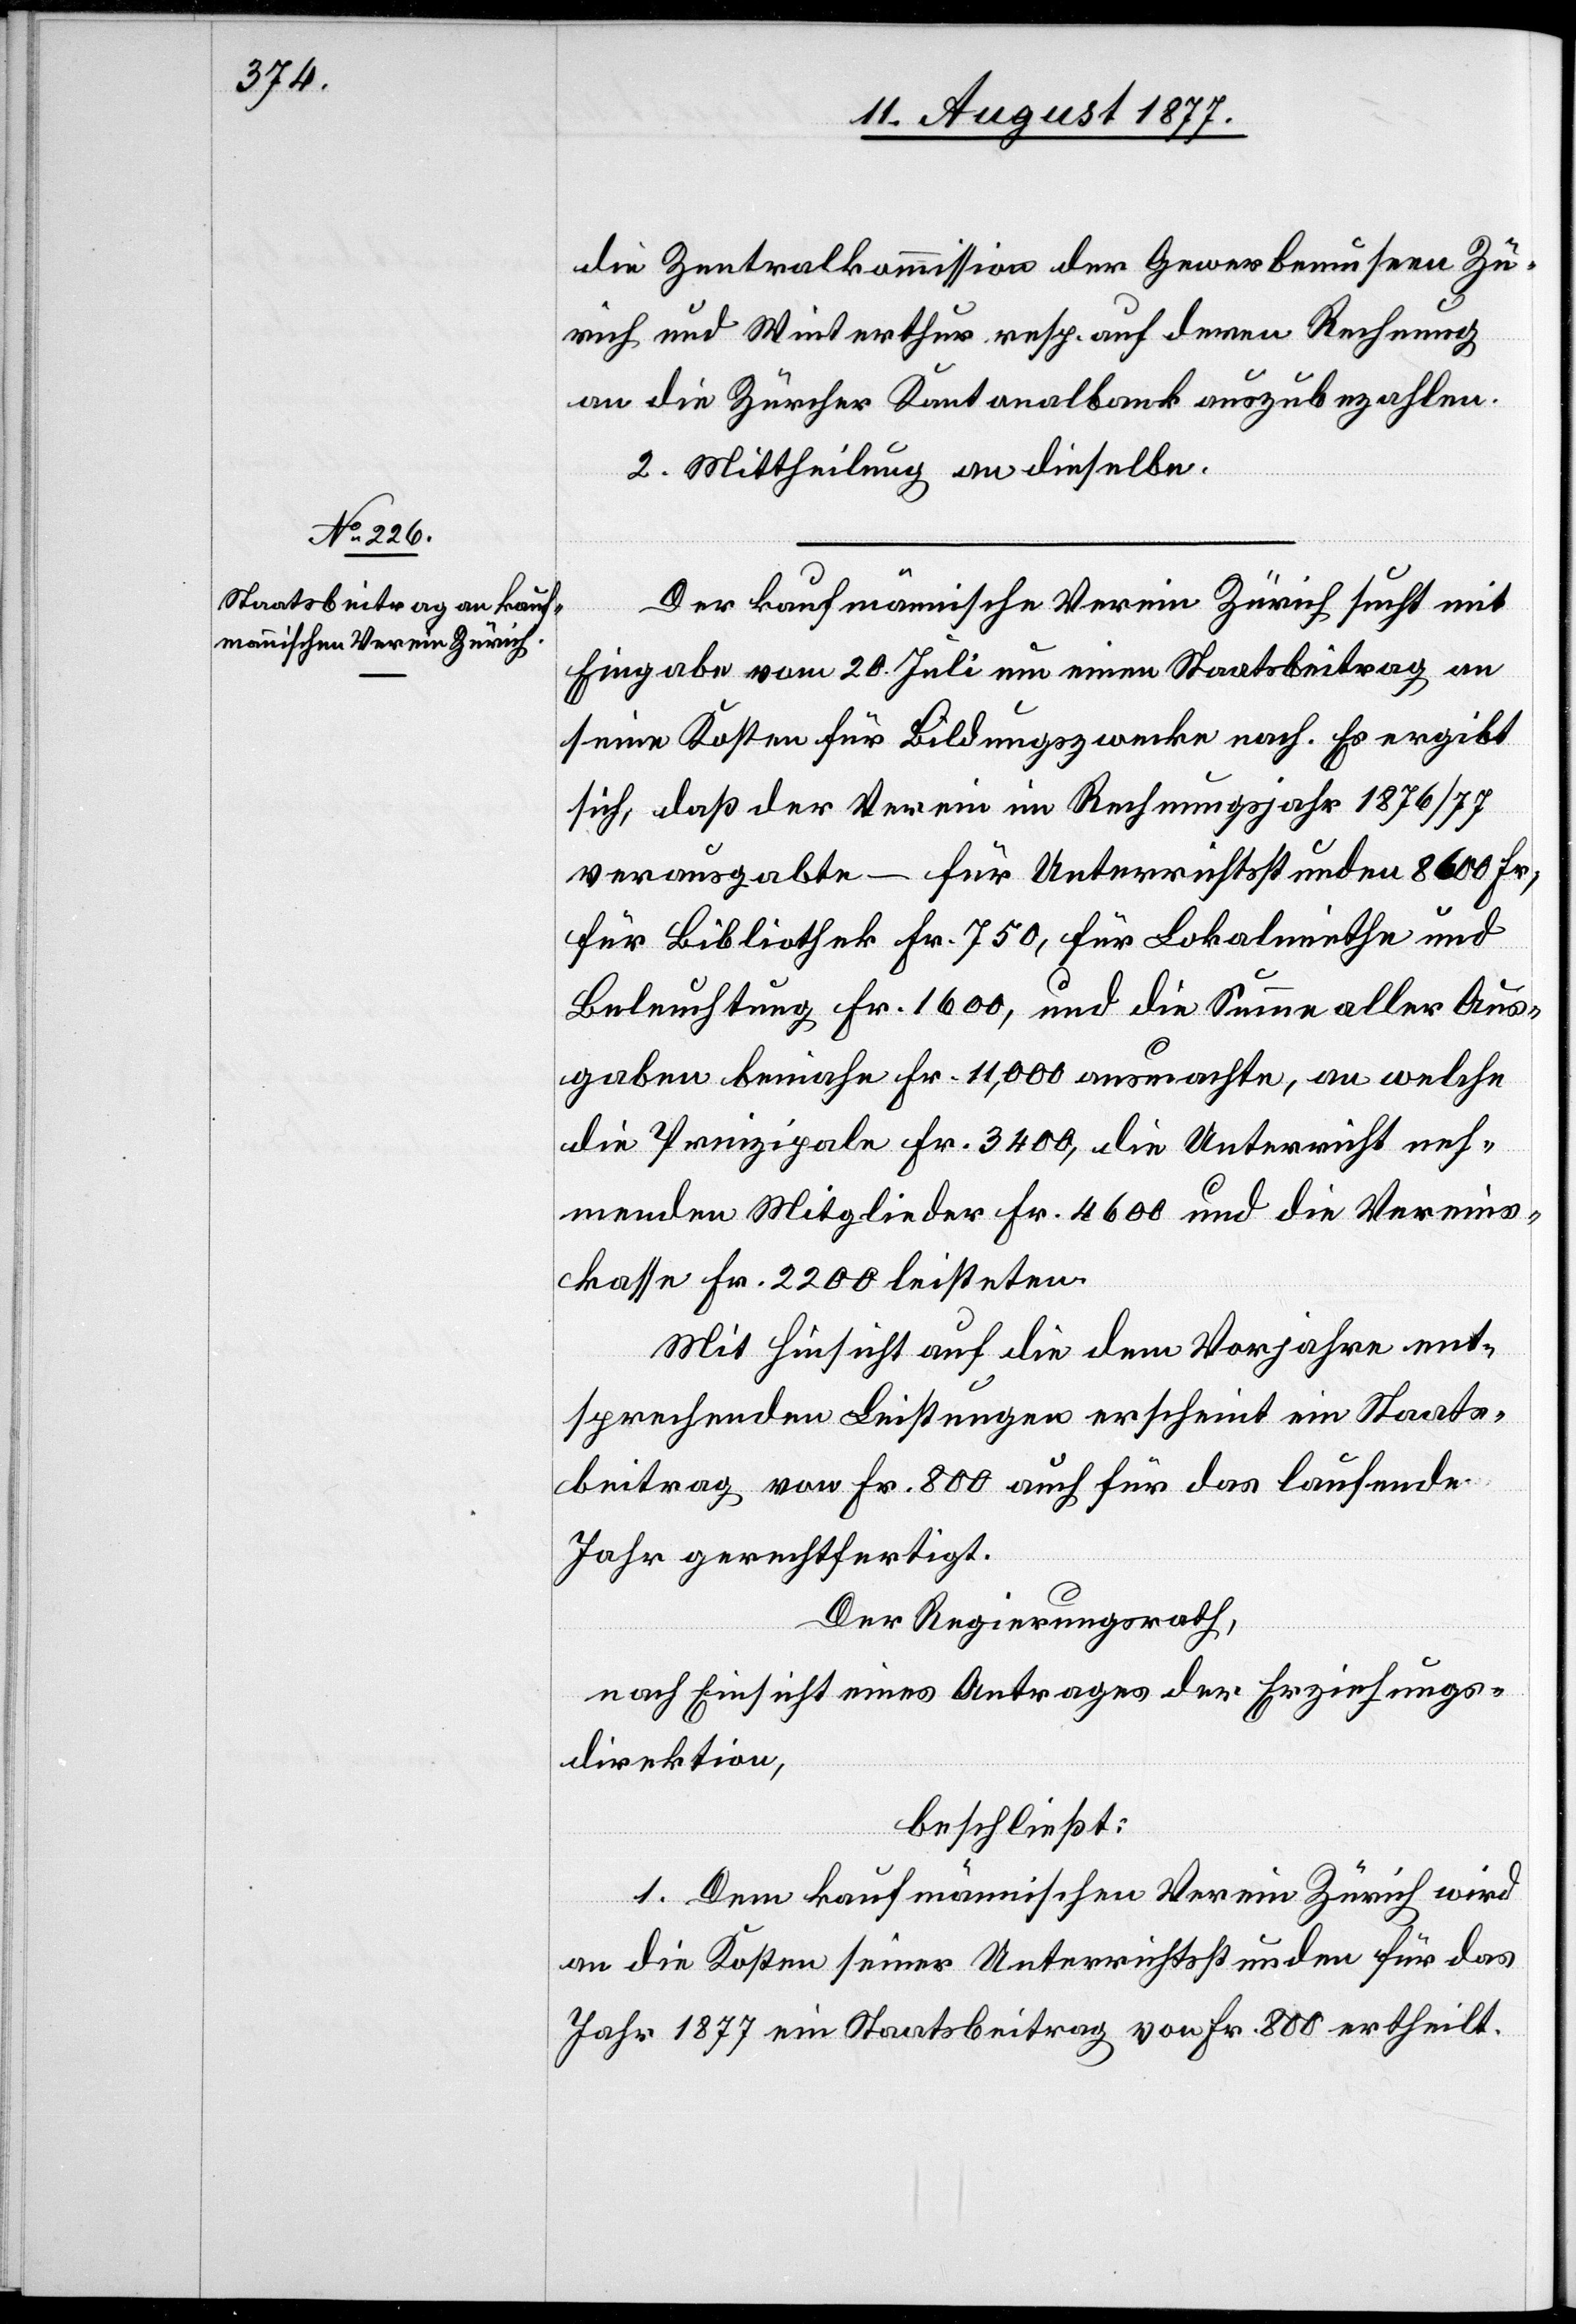
die Zentralkommission der Gewerbemuseen Zü¬
rich und Winterthur resp. auf deren Rechnung
an die Zürcher Kantonalbank auszubezahlen.
II.] Mittheilung an dieselbe.
Der kaufmännische Verein Zürich sucht mit
Eingabe vom 20. Juli um einen Staatsbeitrag an
seine Kosten für Bildungszwecke nach. Es ergibt
sich, daß der Verein im Rechnungsjahr 1876/77
verausgabte – für Unterrichtsstunden 8600 Fr.,
für Bibliothek Fr. 750, für Lokalmiethe und
Beleuchtung Fr. 1600, und die Summe aller Aus¬
gaben beinahe Fr. 11,000 ausmachte, an welche
die Prinzipale Fr. 3400, die Unterricht neh¬
menden Mitglieder Fr. 4600 und die Vereins¬
kasse Fr. 2200 leisteten.
Mit Hinsicht auf die dem Vorjahre ent¬
sprechenden Leistungen erscheint ein Staats¬
beitrag von Fr. 800 auch für das laufende
Jahr gerechtfertigt.
Der Regierungsrath,
nach Einsicht eines Antrages der Erziehungs¬
direktion,
beschließt:
1. Dem kaufmännischen Verein Zürich wird
an die Kosten seiner Unterrichtsstunden für das
Jahr 1877 ein Staatsbeitrag von Fr. 800 ertheilt.